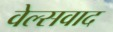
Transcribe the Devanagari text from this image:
वेल्सवाद